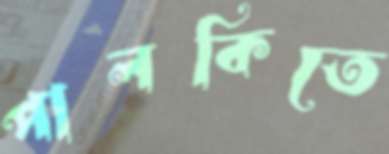
পালকিতে